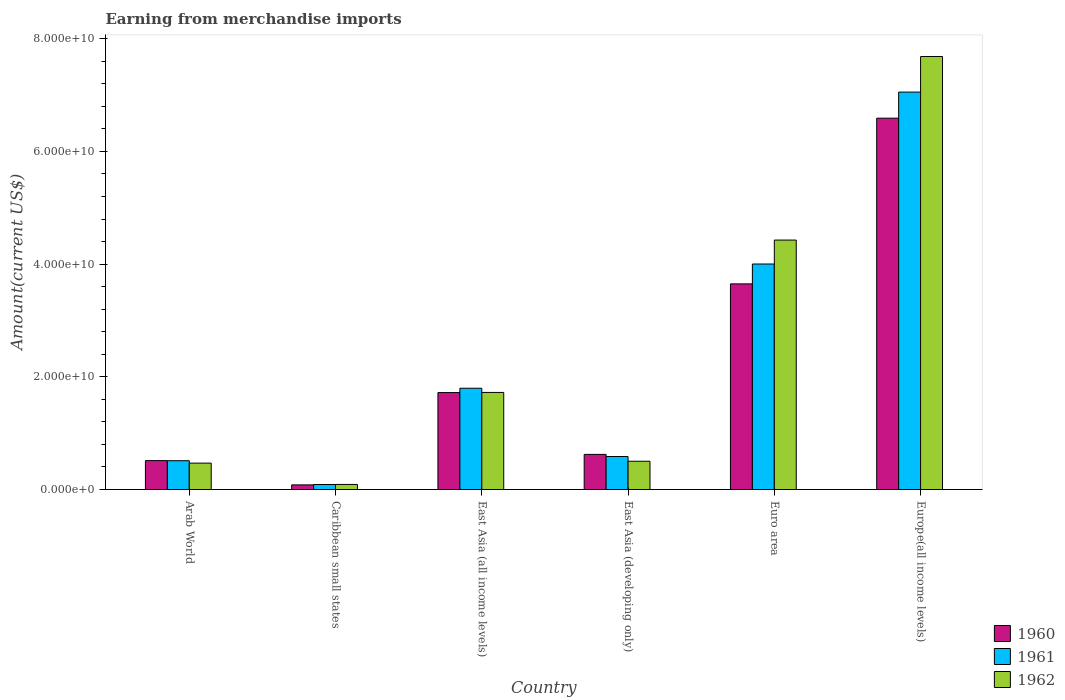
| Country | 1960 | 1961 | 1962 |
 | --- | --- | --- | --- |
 | Arab World | 5.13e+09 | 5.11e+09 | 4.69e+09 |
 | Caribbean small states | 8.24e+08 | 8.89e+08 | 9.01e+08 |
 | East Asia (all income levels) | 1.72e+10 | 1.8e+10 | 1.72e+10 |
 | East Asia (developing only) | 6.23e+09 | 5.86e+09 | 5.02e+09 |
 | Euro area | 3.65e+10 | 4e+10 | 4.43e+10 |
 | Europe(all income levels) | 6.59e+10 | 7.05e+10 | 7.68e+10 |